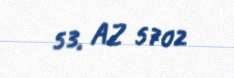
53, AZ 5702